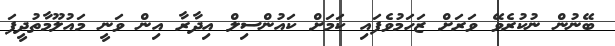
ބޭނުން ނުކުރެވޭ ވަރަށް ޒަހަމުވެފައި ކަމަށް ކައުންސިލް އިދާރާ އިން ވަނީ މައުލޫމާތުދީފަ